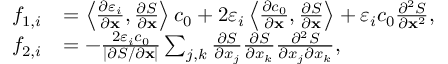
\begin{array} { r l } { f _ { 1 , i } } & { = \left\langle \frac { \partial \varepsilon _ { i } } { \partial \mathbf { x } } , \frac { \partial S } { \partial \mathbf { x } } \right\rangle c _ { 0 } + 2 \varepsilon _ { i } \left\langle \frac { \partial c _ { 0 } } { \partial \mathbf { x } } , \frac { \partial S } { \partial \mathbf { x } } \right\rangle + \varepsilon _ { i } c _ { 0 } \frac { \partial ^ { 2 } S } { \partial \mathbf { x } ^ { 2 } } , } \\ { f _ { 2 , i } } & { = - \frac { 2 \varepsilon _ { i } c _ { 0 } } { | \partial S / \partial \mathbf { x } | } \sum _ { j , k } \frac { \partial S } { \partial x _ { j } } \frac { \partial S } { \partial x _ { k } } \frac { \partial ^ { 2 } S } { \partial x _ { j } \partial x _ { k } } , } \end{array}